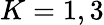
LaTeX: K=1,3